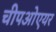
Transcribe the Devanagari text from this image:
चीपओएयर